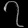
Digit: ၇